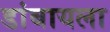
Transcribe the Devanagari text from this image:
डांबायला